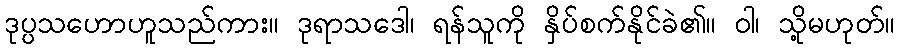
ဒုပ္ပသဟောဟူသည်ကား။ ဒုရာသဒေါ၊ ရန်သူကို နှိပ်စက်နိုင်ခဲ၏။ ဝါ၊ သို့မဟုတ်။